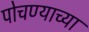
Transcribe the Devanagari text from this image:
पोचण्याच्या